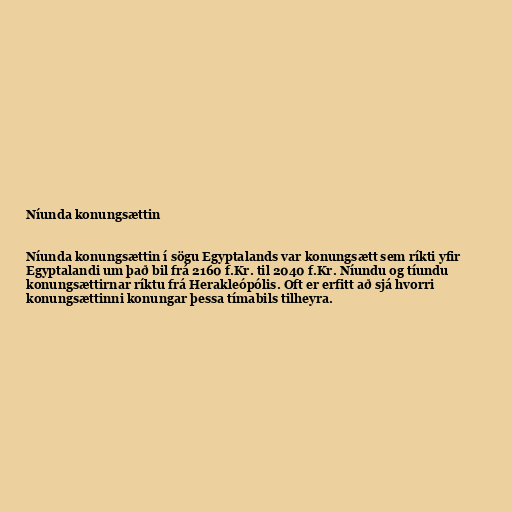
Níunda konungsættin

Níunda konungsættin í sögu Egyptalands var konungsætt sem ríkti yfir
Egyptalandi um það bil frá 2160 f.Kr. til 2040 f.Kr. Níundu og tíundu
konungsættirnar ríktu frá Herakleópólis. Oft er erfitt að sjá hvorri
konungsættinni konungar þessa tímabils tilheyra.